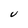
Character: V